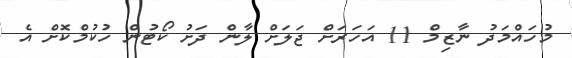
މުހައްމަދު ނާޒިމް 11 އަހަރަށް ޖަލަށް ލާން ދަށު ކޯޓުން ހުކުމްކޮށް އެ